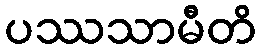
ပဿသာမီတိ